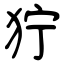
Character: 狞